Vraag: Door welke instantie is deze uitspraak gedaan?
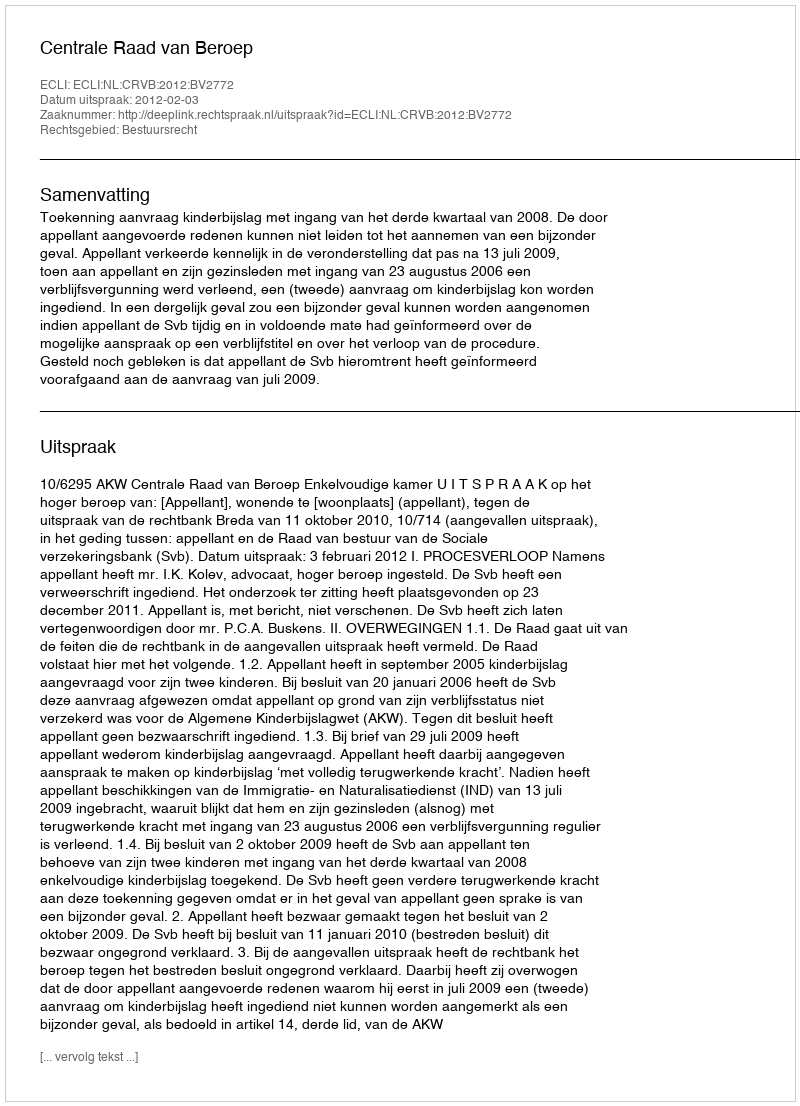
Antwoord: Centrale Raad van Beroep